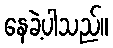
နေခဲ့ပါသည်။